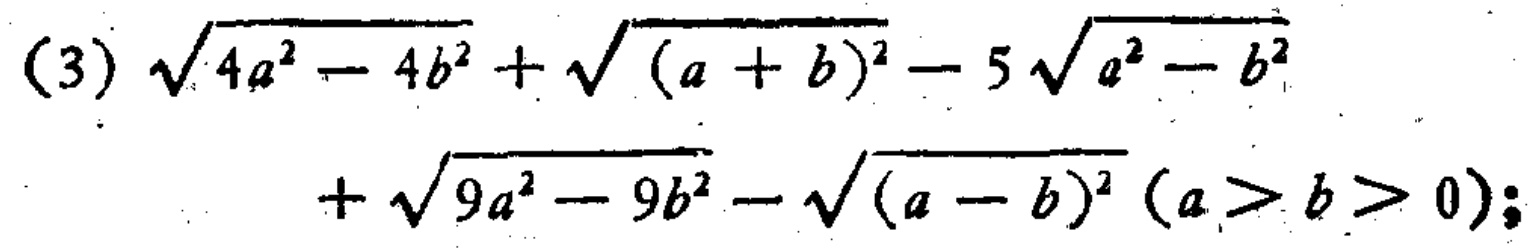
\(\sqrt{4a^{2}-4b^{2}}+\sqrt{(a + b)^{2}}-5\sqrt{a^{2}-b^{2}}+\sqrt{9a^{2}-9b^{2}}-\sqrt{(a - b)^{2}}(a>b>0)\)